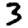
Digit: 3